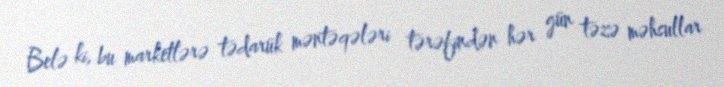
Belə ki, bu marketlərə tədarük məntəqələri tərəfindən hər gün təzə məhsullar